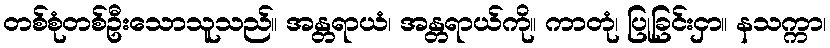
တစ်စုံတစ်ဦးသောသူသည်။ အန္တရာယံ၊ အန္တရာယ်ကို။ ကာတုံ၊ ပြုခြင်းငှာ။ နသက္ကာ၊